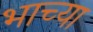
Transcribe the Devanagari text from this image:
भाच्या